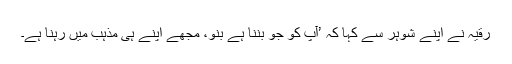
رقیہ نے اپنے شوہر سے کہا کہ ’آپ کو جو بننا ہے بنو، مجھے اپنے ہی مذہب میں رہنا ہے۔